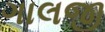
ગાલજી